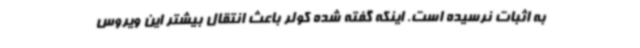
به اثبات نرسیده است. اینکه گفته شده کولر باعث انتقال بیشتر این ویروس